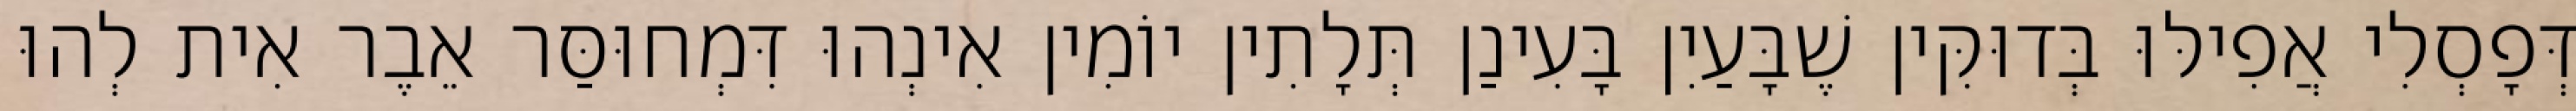
דְּפָסְלִי אֲפִילּוּ בְּדוּקִּין שֶׁבָּעַיִן בָּעִינַן תְּלָתִין יוֹמִין אִינְהוּ דִּמְחוּסַּר אֵבֶר אִית לְהוּ